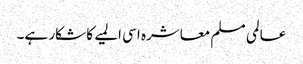
عالمی مسلم معاشرہ اسی المیے کا شکار ہے۔